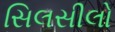
સિલસીલો